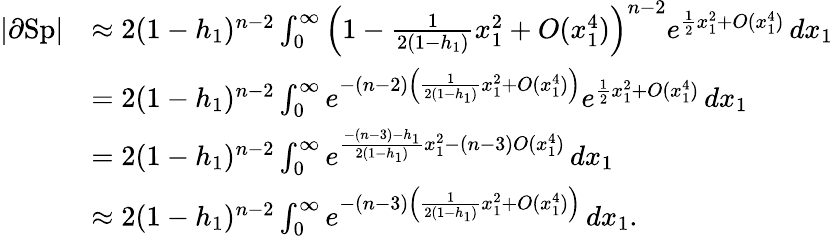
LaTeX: \begin{array}{rl}{|\partial\textup{Sp}|}&{\approx 2(1-h_{1})^{n-2}\int_{0}^{\infty}\left(1-\frac 1{2(1-h_{1})}x_{1}^{2}+O(x_{1}^{4})\right)^{n-2}e^{\frac{1}{2}x_{1}^{2}+O(x_{1}^{4})}\, dx_{1}}\\ &{=2(1-h_{1})^{n-2}\int_{0}^{\infty}e^{-(n-2)\left(\frac 1{2(1-h_{1})}x_{1}^{2}+O(x_{1}^{4})\right)}e^{\frac{1}{2}x_{1}^{2}+O(x_{1}^{4})}\, dx_{1}}\\ &{=2(1-h_{1})^{n-2}\int_{0}^{\infty}e^{\frac{-(n-3)-h_{1}}{2(1-h_{1})}x_{1}^{2}-(n-3)O(x_{1}^{4})}\, dx_{1}}\\ &{\approx 2(1-h_{1})^{n-2}\int_{0}^{\infty}e^{-(n-3)\left(\frac 1{2(1-h_{1})}x_{1}^{2}+O(x_{1}^{4})\right)}\, dx_{1}.}\end{array}